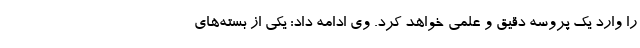
را وارد یک پروسه دقیق و علمی خواهد کرد. وی ادامه داد: یکی از بسته‌های